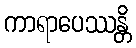
ကာရာပေဿန္တိ